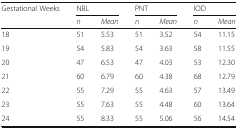
<table><thead><tr><td rowspan="2"><b>Gestational Weeks</b></td><td colspan="2"><b>NBL</b></td><td colspan="2"><b>PNT</b></td><td colspan="2"><b>IOD</b></td></tr><tr><td><b><i>n</i></b></td><td><b><i>Mean</i></b></td><td><b><i>n</i></b></td><td><b><i>Mean</i></b></td><td><b><i>n</i></b></td><td><b><i>Mean</i></b></td></tr></thead><tbody><tr><td>18</td><td>51</td><td>5.53</td><td>51</td><td>3.52</td><td>54</td><td>11.15</td></tr><tr><td>19</td><td>54</td><td>5.83</td><td>54</td><td>3.63</td><td>58</td><td>11.55</td></tr><tr><td>20</td><td>47</td><td>6.53</td><td>47</td><td>4.03</td><td>53</td><td>12.30</td></tr><tr><td>21</td><td>60</td><td>6.79</td><td>60</td><td>4.38</td><td>68</td><td>12.79</td></tr><tr><td>22</td><td>55</td><td>7.29</td><td>55</td><td>4.63</td><td>57</td><td>13.49</td></tr><tr><td>23</td><td>55</td><td>7.63</td><td>55</td><td>4.48</td><td>60</td><td>13.64</td></tr><tr><td>24</td><td>55</td><td>8.33</td><td>55</td><td>5.06</td><td>56</td><td>14.54</td></tr></tbody></table>